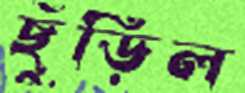
ছুঁড়িল